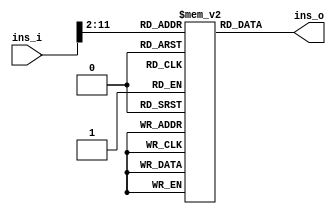
module rom(
input[31:0] ins_i,
output reg[31:0] ins_o
);
reg [31:0] memory[0:1023];


initial begin
memory[1]=32'h00308293;
memory[2]=32'h00208313;
memory[3]=32'h00908513;
memory[4]=32'h00629463;
end

always@(*)
	begin 
		ins_o=memory[ins_i[11:2]];
	end

endmodule